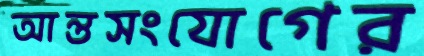
আন্তসংযোগের